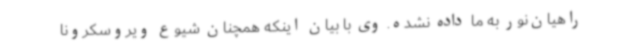
راهیان‌نور به ما داده نشده. وی با بیان اینکه همچنان شیوع ویروسکرونا